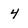
Character: 4